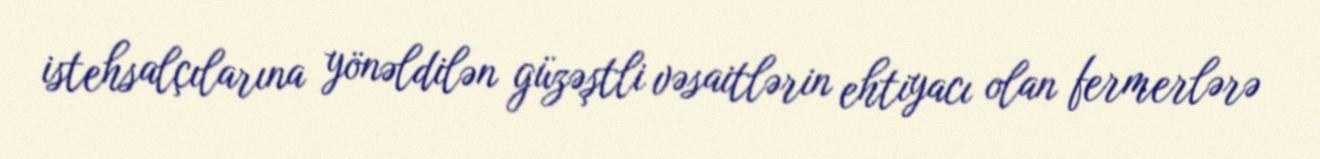
istehsalçılarına yönəldilən güzəştli vəsaitlərin ehtiyacı olan fermerlərə